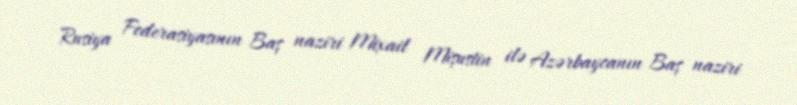
Rusiya Federasiyasının Baş naziri Mixail Mişustin ilə Azərbaycanın Baş naziri